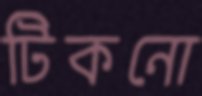
টিকনো